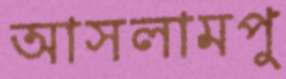
আসলামপু